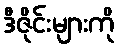
ဒီဇိုင်းများကို